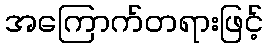
အကြောက်တရားဖြင့်